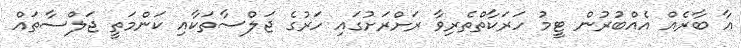
އާ ބާރެއް އެއްބުރުން ޓީމު ހަރަކާތްތެރިވާ ރަށްރަށުގައި ހަރުގެ ޖަލްސާތަކާއި ކަންމަތީ ޖަލްސާތައް